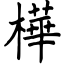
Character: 樺